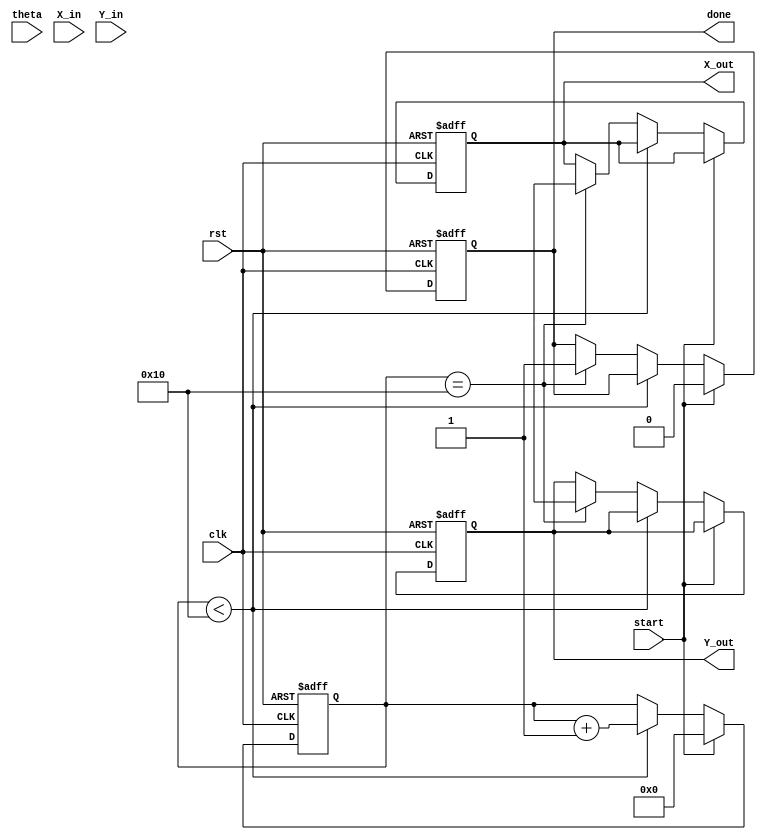
module rotational_cordic #(
    parameter WIDTH = 16, // Bit-width for fixed-point representation
    parameter ITERATIONS = 16 // Number of CORDIC iterations
)(
    input wire clk,
    input wire rst,
    input wire signed [WIDTH-1:0] theta,  // Angle in radians (fixed-point)
    input wire signed [WIDTH-1:0] X_in,    // Initial x-coordinate
    input wire signed [WIDTH-1:0] Y_in,    // Initial y-coordinate
    input wire start,                       // Start signal
    output reg signed [WIDTH-1:0] X_out,   // Final x-coordinate
    output reg signed [WIDTH-1:0] Y_out,   // Final y-coordinate
    output reg done                        // Done signal
);

    reg signed [WIDTH-1:0] x [0:ITERATIONS-1]; // x values for each iteration
    reg signed [WIDTH-1:0] y [0:ITERATIONS-1]; // y values for each iteration
    reg signed [WIDTH-1:0] angle_table [0:ITERATIONS-1]; // Pre-computed angles
    reg [4:0] iter; // Iteration counter
    reg signed [WIDTH-1:0] angle;
    reg signed [WIDTH-1:0] temp_x, temp_y;

    // Initialize angle lookup table with pre-computed atan values
    initial begin
        angle_table[0] = 16'h26B3; // atan(2^0)
        angle_table[1] = 16'h1D7A; // atan(2^-1)
        angle_table[2] = 16'h12E4; // atan(2^-2)
        angle_table[3] = 16'h0962; // atan(2^-3)
        angle_table[4] = 16'h0514; // atan(2^-4)
        // Fill the rest of the angle table ...
        // ...
    end

    // Synchronize and initialize
    always @(posedge clk or posedge rst) begin
        if (rst) begin
            iter <= 0;
            X_out <= 0;
            Y_out <= 0;
            done <= 0;
        end else if (start) begin
            // Initialize x and y
            x[0] <= X_in;
            y[0] <= Y_in;
            angle <= theta;
            iter <= 0;
            done <= 0;
        end else if (iter < ITERATIONS) begin
            // Perform CORDIC iteration
            if (angle < 0) begin
                temp_x = x[iter] + (y[iter] >>> iter);
                temp_y = y[iter] - (x[iter] >>> iter);
                angle = angle + angle_table[iter];
            end else begin
                temp_x = x[iter] - (y[iter] >>> iter);
                temp_y = y[iter] + (x[iter] >>> iter);
                angle = angle - angle_table[iter];
            end
            
            x[iter + 1] <= temp_x;
            y[iter + 1] <= temp_y;
            iter <= iter + 1;
        end else if (iter == ITERATIONS) begin
            // Final output
            X_out <= x[ITERATIONS];
            Y_out <= y[ITERATIONS];
            done <= 1;
        end
    end

endmodule